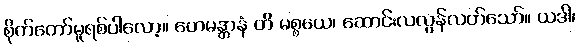
စိုက်တော်မူရစ်ပါလော့။ ဟေမန္တာနံ ဟိ မစ္စယေ၊ ဆောင်းလလွန်လတ်သော်။ ယဒါ၊